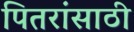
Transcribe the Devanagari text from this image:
पितरांसाठी